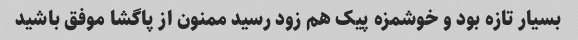
بسیار تازه بود و خوشمزه پیک هم زود رسید ممنون از پاگشا موفق باشید